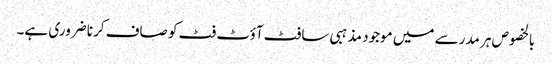
بالخصوص ہر مدرسے میں موجود مذہبی سافٹ آؤٹ فٹ کو صاف کرنا ضروری ہے۔